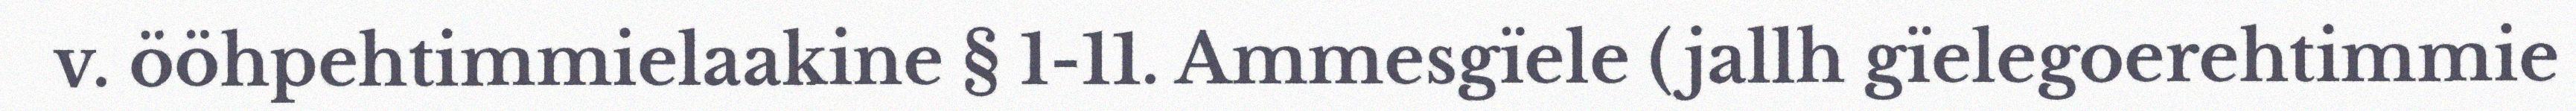
v. ööhpehtimmielaakine § 1-11. Ammesgïele (jallh gïelegoerehtimmie